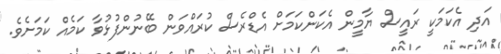
އަދި އެކަމަކީ ރައީސް ޔާމީން އެކަންކަމަށް އެޑްރެސް ކުރައްވަން ބޭނުންފުޅުވާ ކަމެއް ކަމަށެވެ.